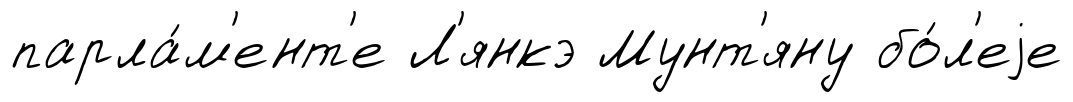
парла́м'ент'е Л'янкэ Мунт'яну бо́л'еjе